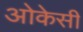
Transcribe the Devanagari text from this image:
ओकेसी